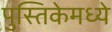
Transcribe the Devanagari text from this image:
पुस्तिकेमध्ये